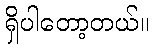
ရှိပါတော့တယ်။